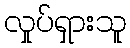
လှုပ်ရှားသူ